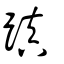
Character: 蹎